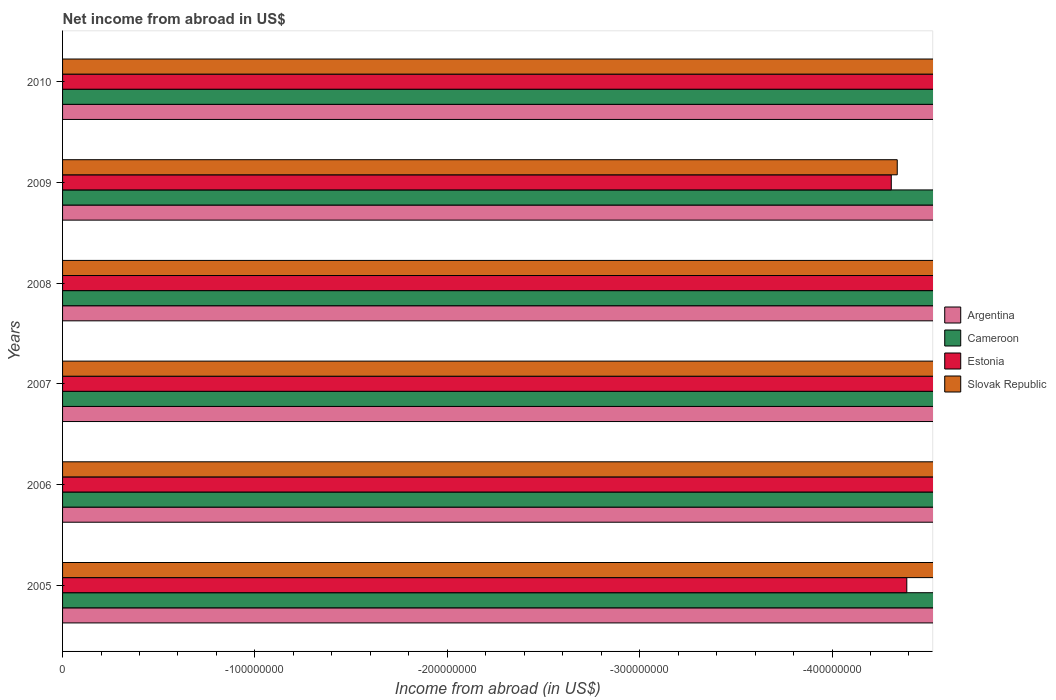
| Years | Argentina | Cameroon | Estonia | Slovak Republic |
 | --- | --- | --- | --- | --- |
 | 2005 | -2.12e+10 | -2.58e+11 | -4.39e+08 | -1.4e+09 |
 | 2006 | -1.88e+10 | -1.32e+11 | -6.99e+08 | -1.69e+09 |
 | 2007 | -1.84e+10 | -2.4e+11 | -1.11e+09 | -1.87e+09 |
 | 2008 | -2.38e+10 | -1.85e+11 | -8.93e+08 | -1.27e+09 |
 | 2009 | -3.33e+10 | -5.37e+10 | -4.31e+08 | -4.34e+08 |
 | 2010 | -4.42e+10 | -1.31e+11 | -7.64e+08 | -1.57e+09 |